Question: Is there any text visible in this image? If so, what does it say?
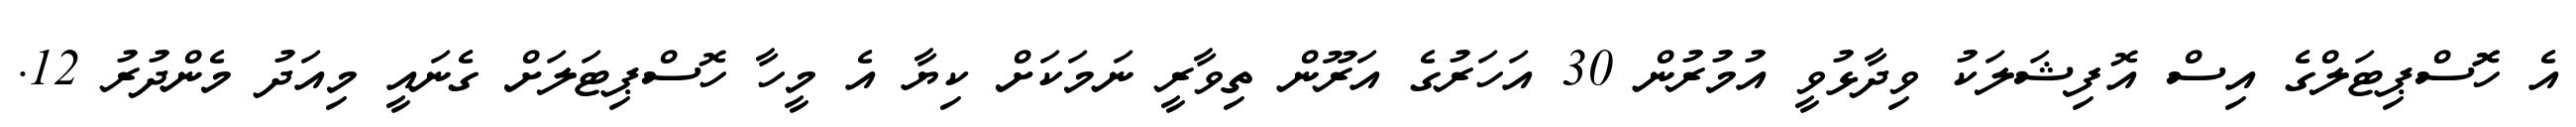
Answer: އެ ހޮޮސްޕިޓަލްގެ އިސް އޮފިޝަލަކު ވިދާޅުވީ އުމުރުން 30 އަހަރުގެ އަރޫން ތިވާރީ ނަމަކަށް ކިޔާ އެ މީހާ ހޮސްޕިޓަލަށް ގެނައީ މިއަދު މެންދުރު 12.